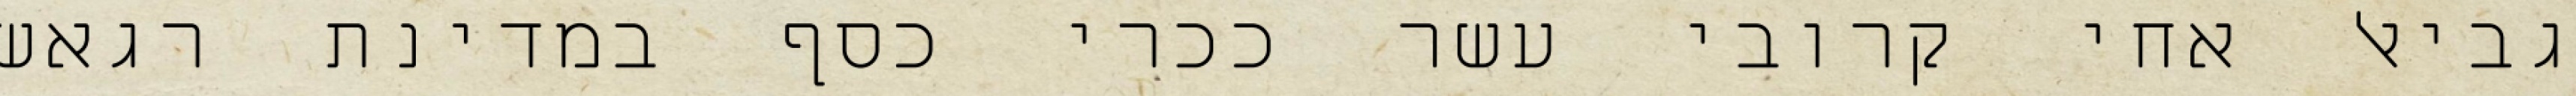
גביאל אחי קרובי עשר ככרי כסף במדינת רגאש